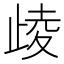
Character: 𣥻